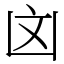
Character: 㓙